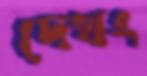
দেখং